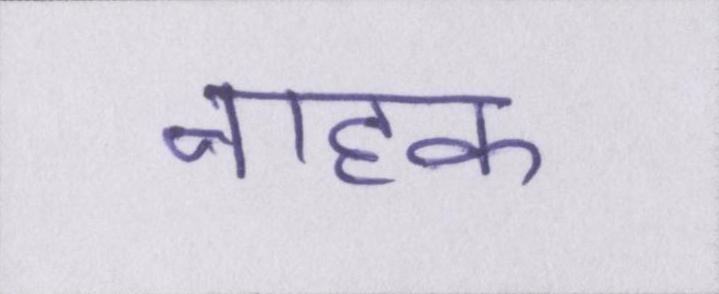
नाहक